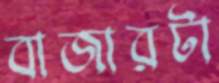
বাজারটা